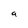
Character: a